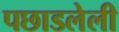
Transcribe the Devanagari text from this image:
पछाडलेली